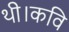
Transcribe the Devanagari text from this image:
थी।कवि